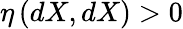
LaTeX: \eta\left(dX,dX\right)>0